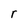
Character: r